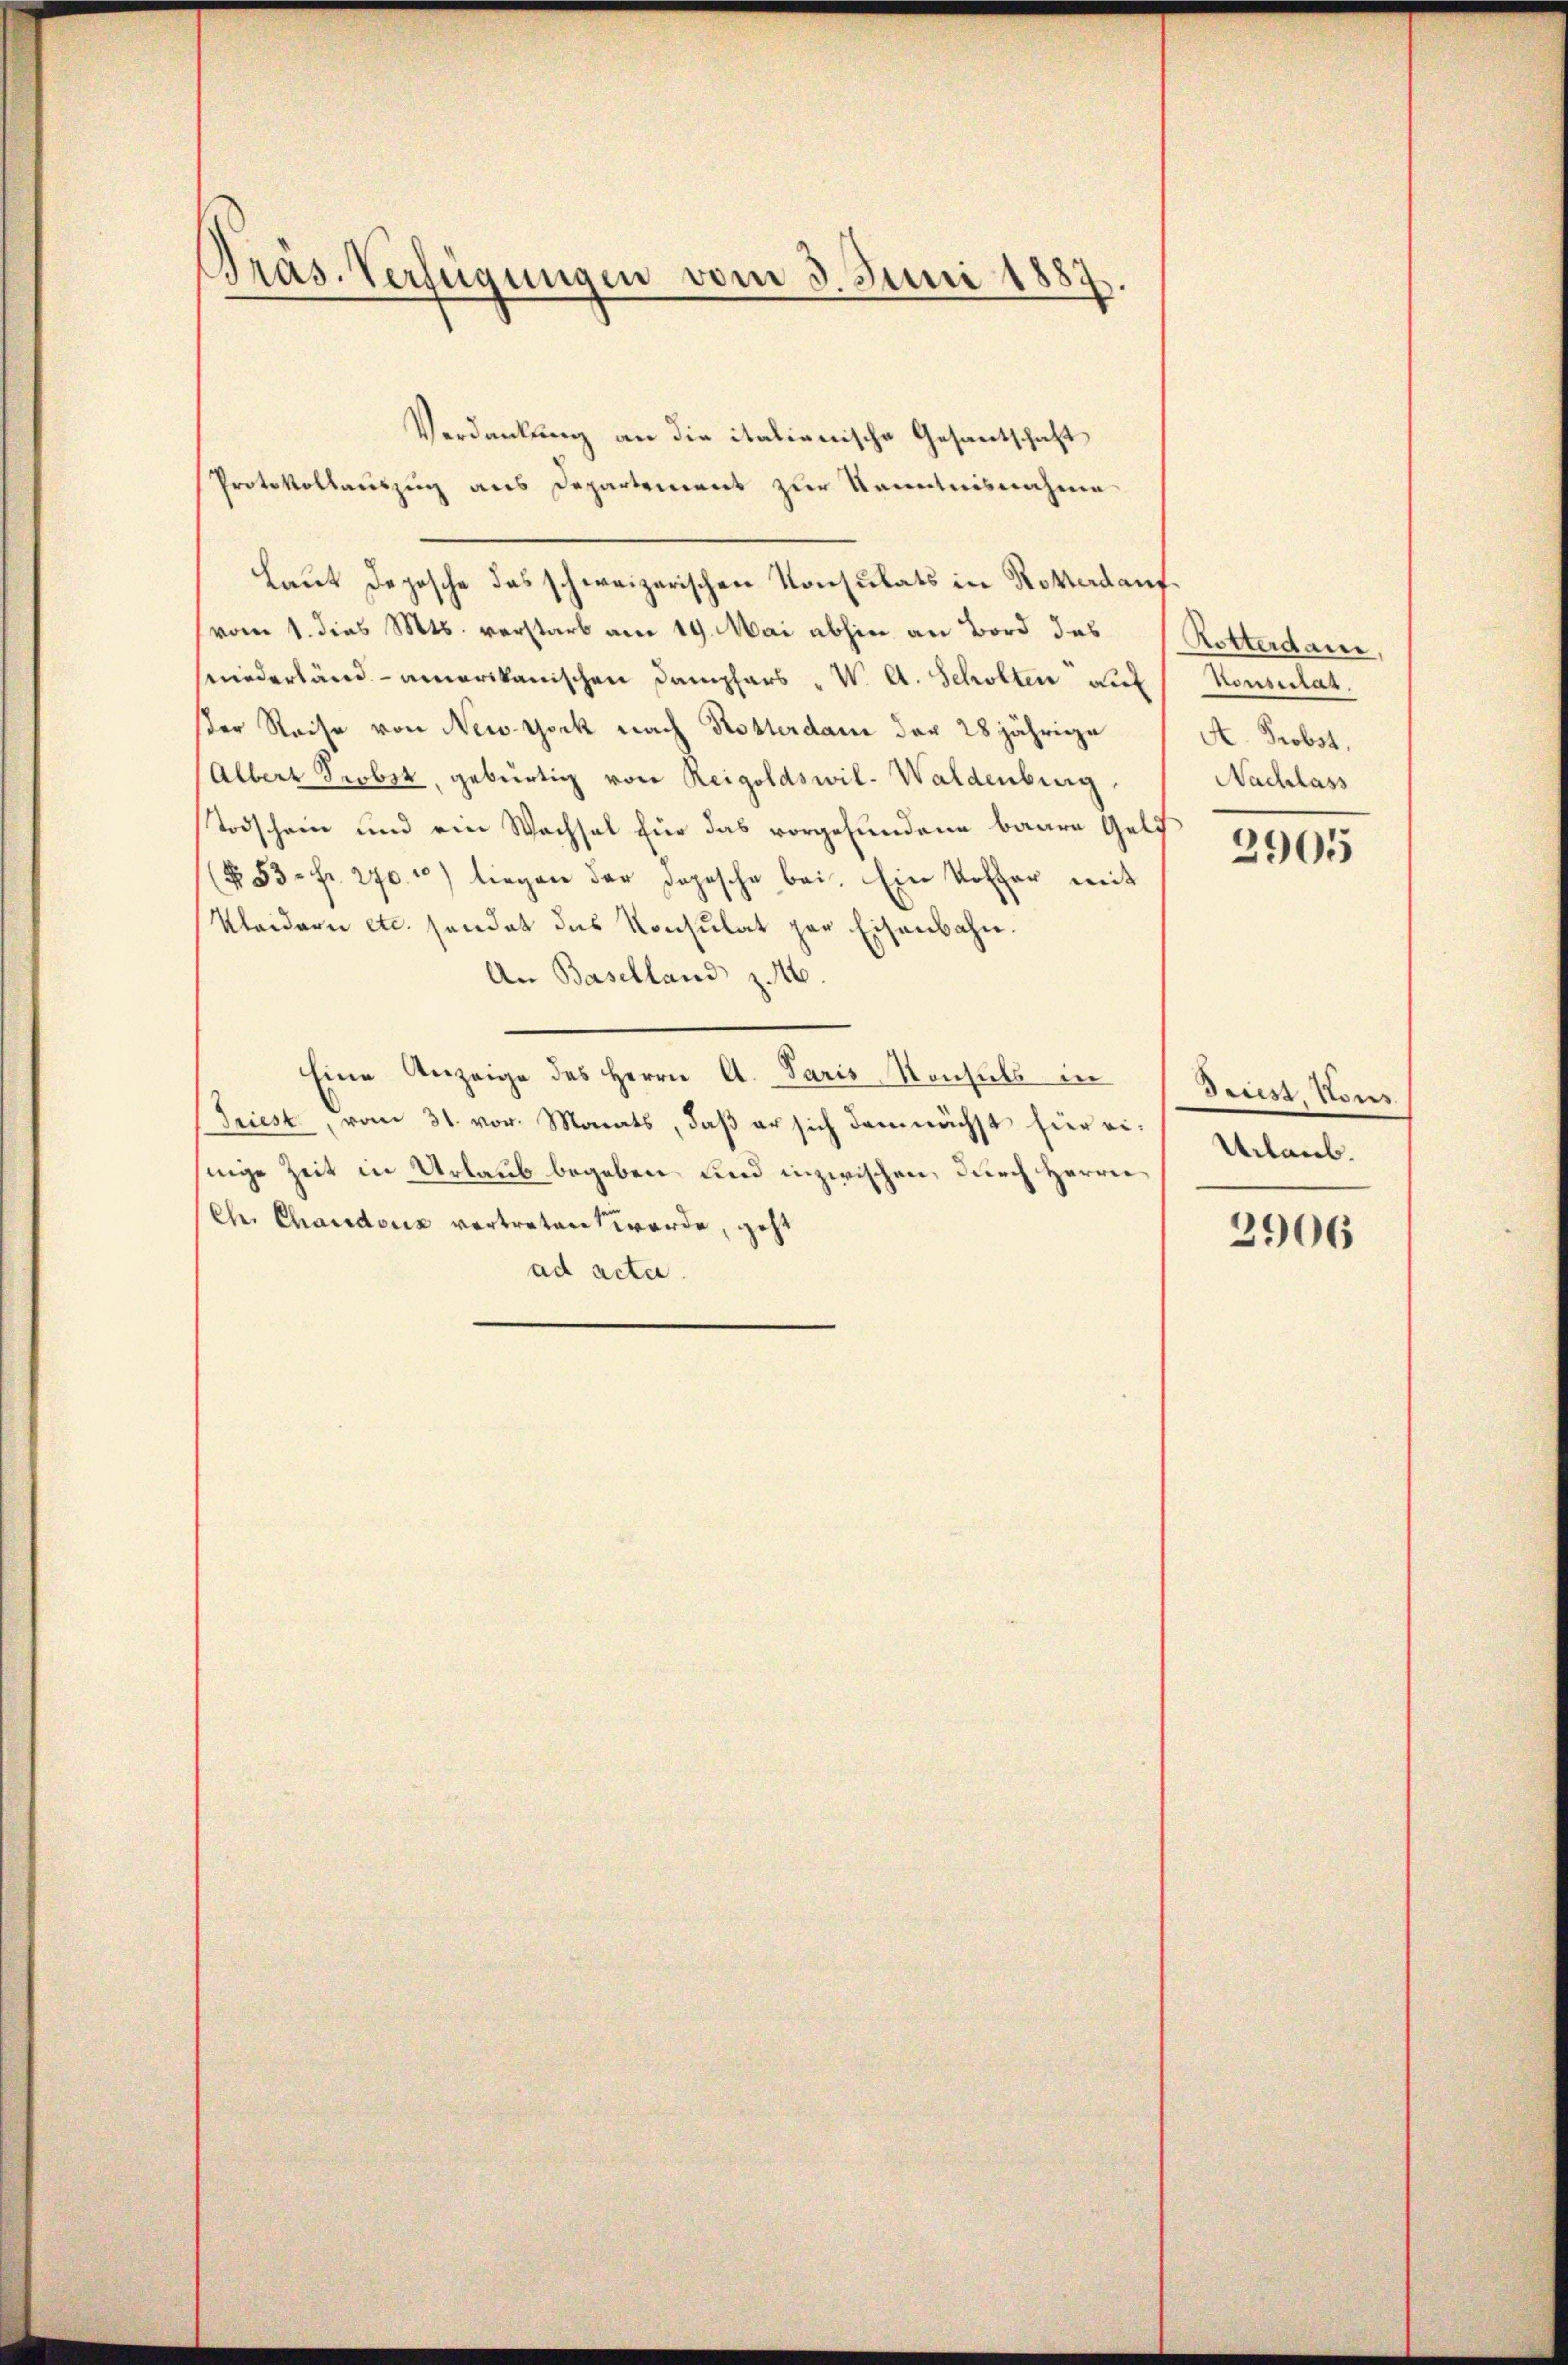
Präs. Verfügungen vom 3. Juni 1887.

Verdankung an die italienische Gesantschaft
Protokollauszug aus Departement zur Kenntnisnahme
Laut Deposche das schweizerischen Konsulats in Rotterdant
vom 1. dies Mts. verstarb am 19. Mai abhin an Bord das
niederländ - amerikanischen Dampfers " W. A. Scholten auf
ser Reise von New York nach Kosterdam der 28jährige
(Albert Probst, gebürtig von Reigoldswil-Waldenberg.
Todschein und ein Wechsel für das vorgefundene baare Geld
(No. 53 Fr. 270. 10) liegen der dopesche bei. Ein Koffer mit
Kleidern etc. sendet das Konsulat par Eisenbahn.
An Baselland z. 16.
Eine Anzeige des Herrn A. Paris Konsuls in
Triest, vom 31. vor. Monats, daß er sich demnächst hier einige Zeit in Urlaub begeben und inzwischen, durch Herrn
Ch. Chanders vertretent werde, geht
ad acta.

Rotterdam.
Honsulat
A. Probst,
Nachlass

2905

Driest Kons
Urlaub.

2906